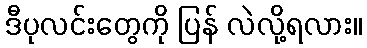
ဒီပုလင်းတွေကို ပြန် လဲလို့ရလား။